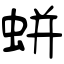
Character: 蛢